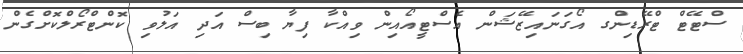
ސްޓޭޓް ޓްރޭޑިންގ އޯގަނައިޒޭޝަން އެސްޓީއޯއިން ވިއްކާ ފިޔާ ބިސް އަދި އަލުވި ކޮންޓްރޯލްކޮށްގެން